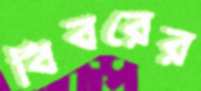
বিবরের